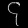
Digit: ၄